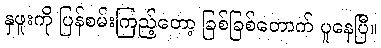
နှဖူးကို ပြန်စမ်းကြည့်တော့ ခြစ်ခြစ်တောက် ပူနေပြီ။